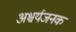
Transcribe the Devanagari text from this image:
अश्चर्यजनक